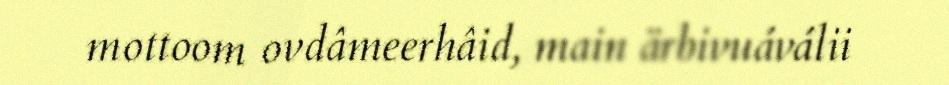
mottoom ovdâmeerhâid, main ärbivuáválii